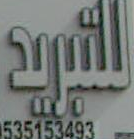
للتبريد